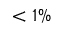
< 1 \%